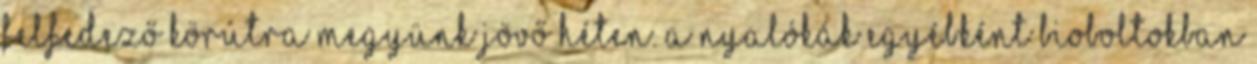
felfedező körútra megyünk jövő héten. A nyalókák egyébként bioboltokban